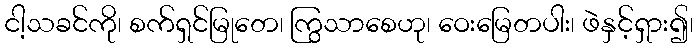
ငါ့သခင်ကို၊ စက်ရှင်မြုတေ၊ ကြွသာစေဟု၊ ဝေးမြေတပါး၊ ဖဲနှင့်ရှား၍၊